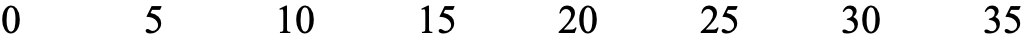
0    5   10   15   20  25   30   35